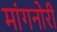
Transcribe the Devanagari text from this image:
मांगनोरी